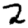
Digit: 2